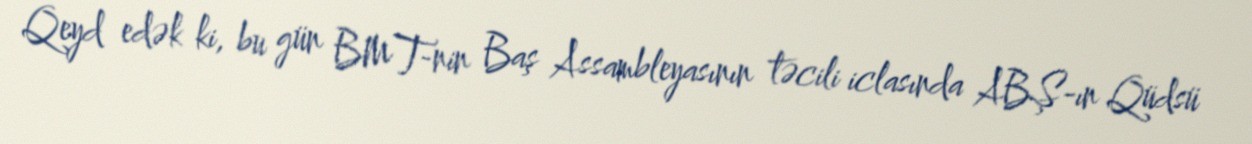
Qeyd edək ki, bu gün BMT-nin Baş Assambleyasının təcili iclasında ABŞ-ın Qüdsü